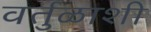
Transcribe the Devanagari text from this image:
वर्तुळाशी